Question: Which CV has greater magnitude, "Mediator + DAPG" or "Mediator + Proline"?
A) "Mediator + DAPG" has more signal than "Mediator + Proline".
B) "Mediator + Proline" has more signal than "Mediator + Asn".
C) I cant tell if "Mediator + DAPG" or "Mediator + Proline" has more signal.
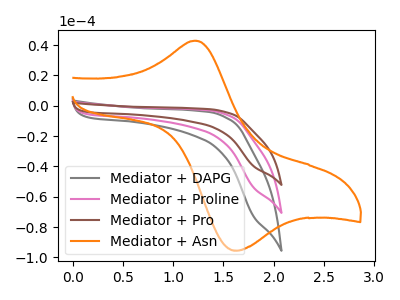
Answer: <think>The gray curve "Mediator + DAPG" has no peaks. The pink curve "Mediator + Proline" has no peaks. The brown curve "Mediator + Pro" has no peaks. The orange curve "Mediator + Asn" has an anodic peak at (1.25V, 42.90uA) and a cathodic peak at (1.65V, -95.45uA).
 Neither "Mediator + DAPG" or "Mediator + Proline" have any peaks.</think>
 <answer>C) I cant tell if "Mediator + DAPG" or "Mediator + Proline" has more signal.</answer>
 <eval>C</eval>